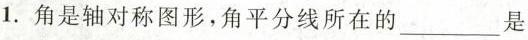
1.角是轴对称图形，角平分线所在的___是